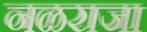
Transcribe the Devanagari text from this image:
नळराजा